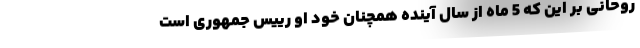
روحانی بر این که 5 ماه از سال آینده همچنان خود او رییس جمهوری است